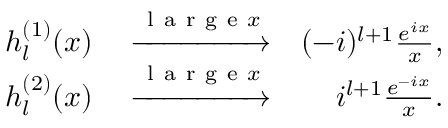
\begin{array} { r l r } { h _ { l } ^ { ( 1 ) } ( x ) } & { { } \xrightarrow { \mathrm { ~ l ~ a ~ r ~ g ~ e ~ } x } } & { ( - i ) ^ { l + 1 } \frac { e ^ { i x } } { x } , } \\ { h _ { l } ^ { ( 2 ) } ( x ) } & { { } \xrightarrow { \mathrm { ~ l ~ a ~ r ~ g ~ e ~ } x } } & { i ^ { l + 1 } \frac { e ^ { - i x } } { x } . } \end{array}